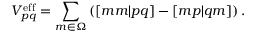
V _ { p q } ^ { \mathrm { { e f f } } } = \sum _ { m \in \Omega } \left( [ m m | p q ] - [ m p | q m ] \right) .